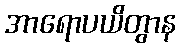
အာရောပယိတွာန